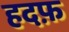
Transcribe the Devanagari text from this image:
हदफ़